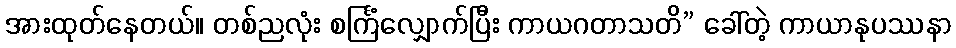
အားထုတ်နေတယ်။ တစ်ညလုံး စင်္ကြံလျှောက်ပြီး ကာယဂတာသတိ” ခေါ်တဲ့ ကာယာနုပဿနာ